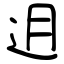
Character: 迌